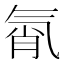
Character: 㲵